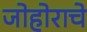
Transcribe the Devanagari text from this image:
जोहोराचे